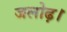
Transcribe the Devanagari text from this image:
जलोढ़।